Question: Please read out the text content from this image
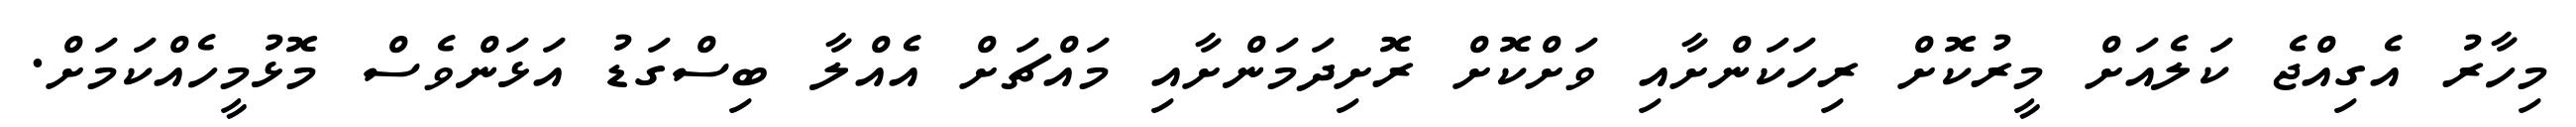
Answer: މިހާރު އެގިއްޖެ ކަލެއަށް މީރުކޮށް ރިހަކަންށާއި ވަށްކޮށް ރޮށިދަމަންށާއި މައްޗަށް އެއްލާ ބިސްގަޑު އަޅަންވެސް މޮޅުމީހެއްކަމަށް.